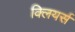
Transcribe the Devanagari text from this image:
क्लियर्स